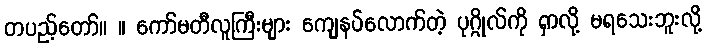
တပည့်တော်။ ။ ကော်မတီလူကြီးများ ကျေနပ်လောက်တဲ့ ပုဂ္ဂိုလ်ကို ရှာလို့ မရသေးဘူးလို့